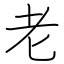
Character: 老